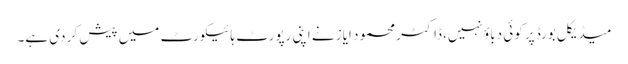
میڈیکل بورڈ پر کوئی دباؤ نہیں، ڈاکٹر محمود ایاز نے اپنی رپورٹ ہائیکورٹ میں پیش کر دی ہے۔